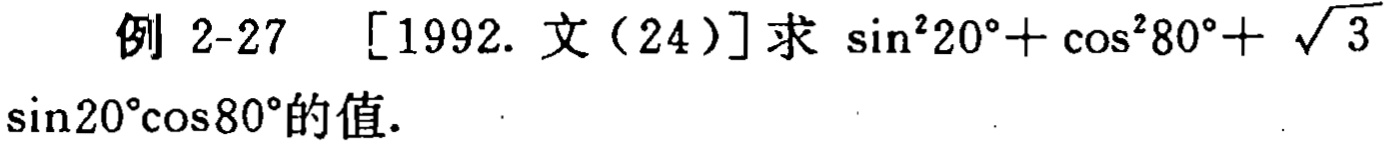
例 2-27 [1992. 文（24）]求 $\sin^{2}20^{\circ}+\cos^{2}80^{\circ}+\sqrt{3}\sin20^{\circ}\cos80^{\circ}$的值.